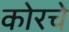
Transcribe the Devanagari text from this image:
कोरचे